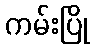
ကမ်းပြို